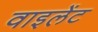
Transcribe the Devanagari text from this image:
वाइलेंट